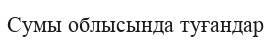
Сумы облысында туғандар